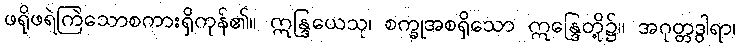
ဖရိုဖရဲကြဲသောစကားရှိကုန်၏။ ဣန္ဒြယေသု၊ စက္ခုအစရှိသော ဣန္ဒြေတို့၌။ အဂုတ္တဒွါရာ၊